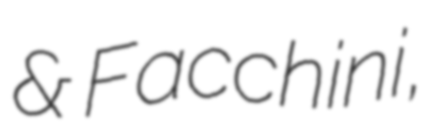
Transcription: & Facchini,